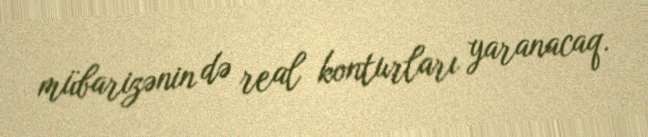
mübarizənin də real konturları yaranacaq.